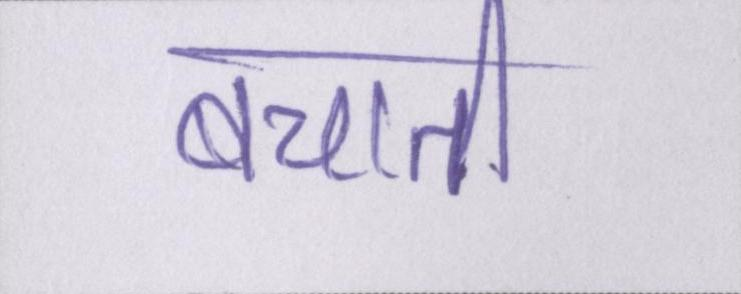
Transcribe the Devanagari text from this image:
बचाती